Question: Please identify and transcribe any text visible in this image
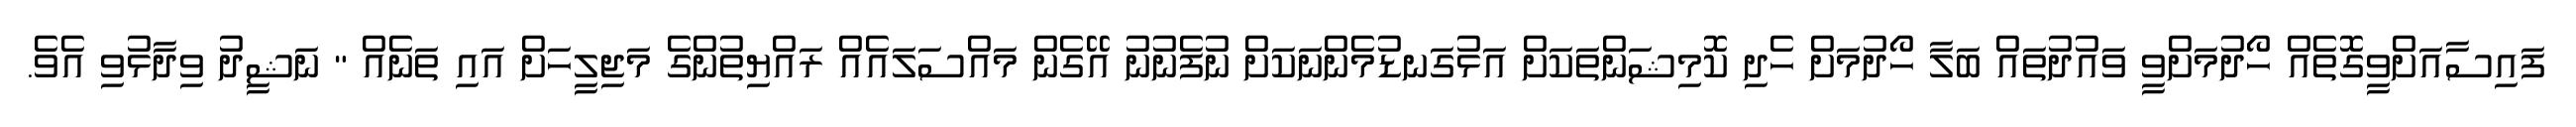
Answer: ފައިސާއަށްވީގޮތެއް ހޯދުމަށްވީ ވައުދުތައް ބަލާ ހޯދުމަށް ހެދި ކޮމިޝަންތަކަށް އަޅުގަނޑުމެންނަކަށް ނުފެނުނު އޭގެން މައްސަލައެއް ރައްޔިތުންގެ މަޖިލީހަށް އައި ތަނެއް " ނަޝީދު ވިދާޅުވި އެވެ.